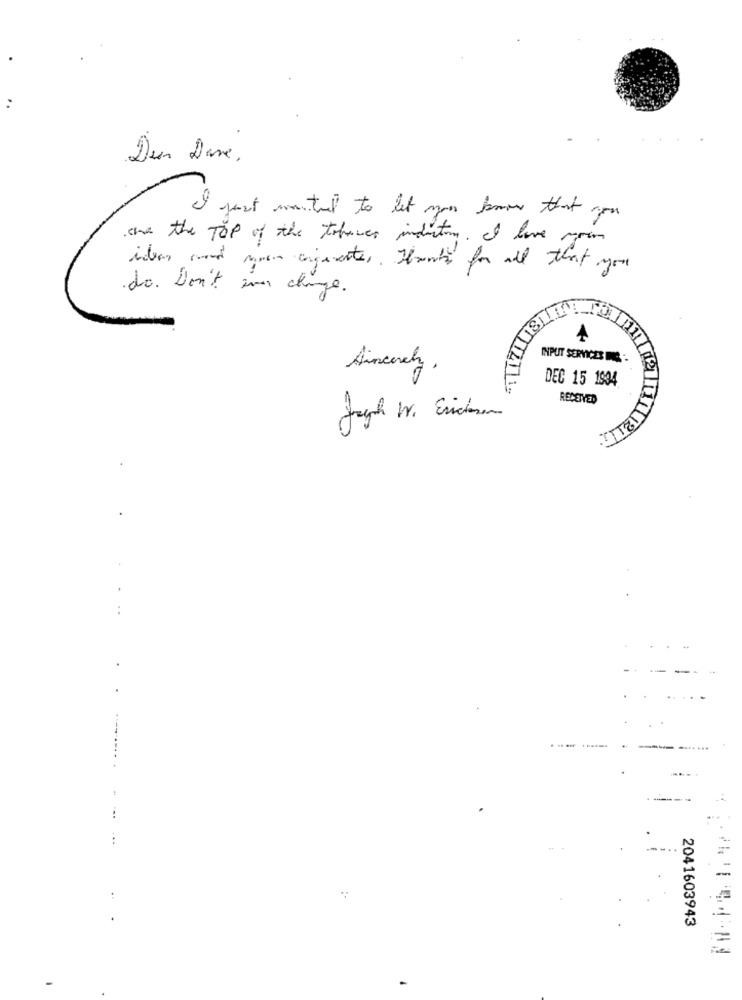
:
Der Dave.
just wanted to let you know that you
are the TOP of the tobacco induction. I love you
ideas and moon argumente ,. Howby for all that you
do. Don't ever change.
INPUT SERVICES ING
Sincerely ,
DEC 15 1934
RECETTED
Tran
-..
2041603943